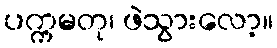
ပက္ကမတု၊ ဖဲသွားလော့။